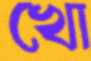
খো